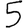
Digit: 5